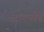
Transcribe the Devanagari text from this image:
स्ट्रांगफोर्ड